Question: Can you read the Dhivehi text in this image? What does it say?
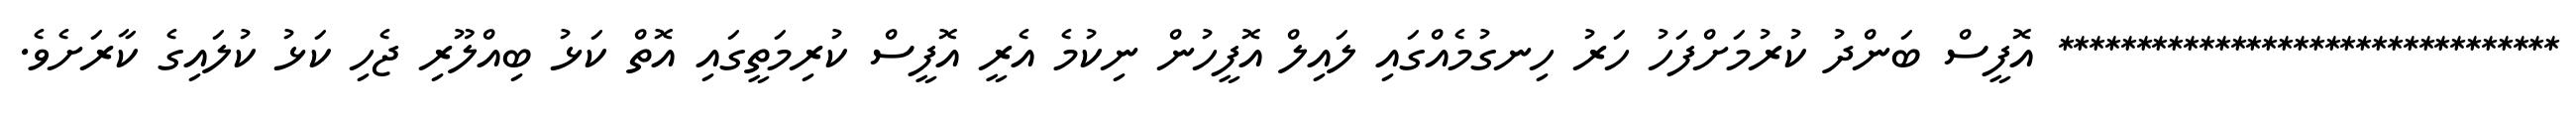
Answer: ******************************** އޮފީސް ބަންދު ކުރުމަށްފަހު ހަރު ހިނގުމެއްގައި ލައިލް އޮފީހުން ނިކުމެ އެރީ އޮފީސް ކުރިމަތީގައި އޮތް ކަޅު ބިއްލޫރި ޖެހި ކަޅު ކުލައިގެ ކާރަށެވެ.